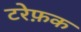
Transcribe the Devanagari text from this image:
टरेफ़क